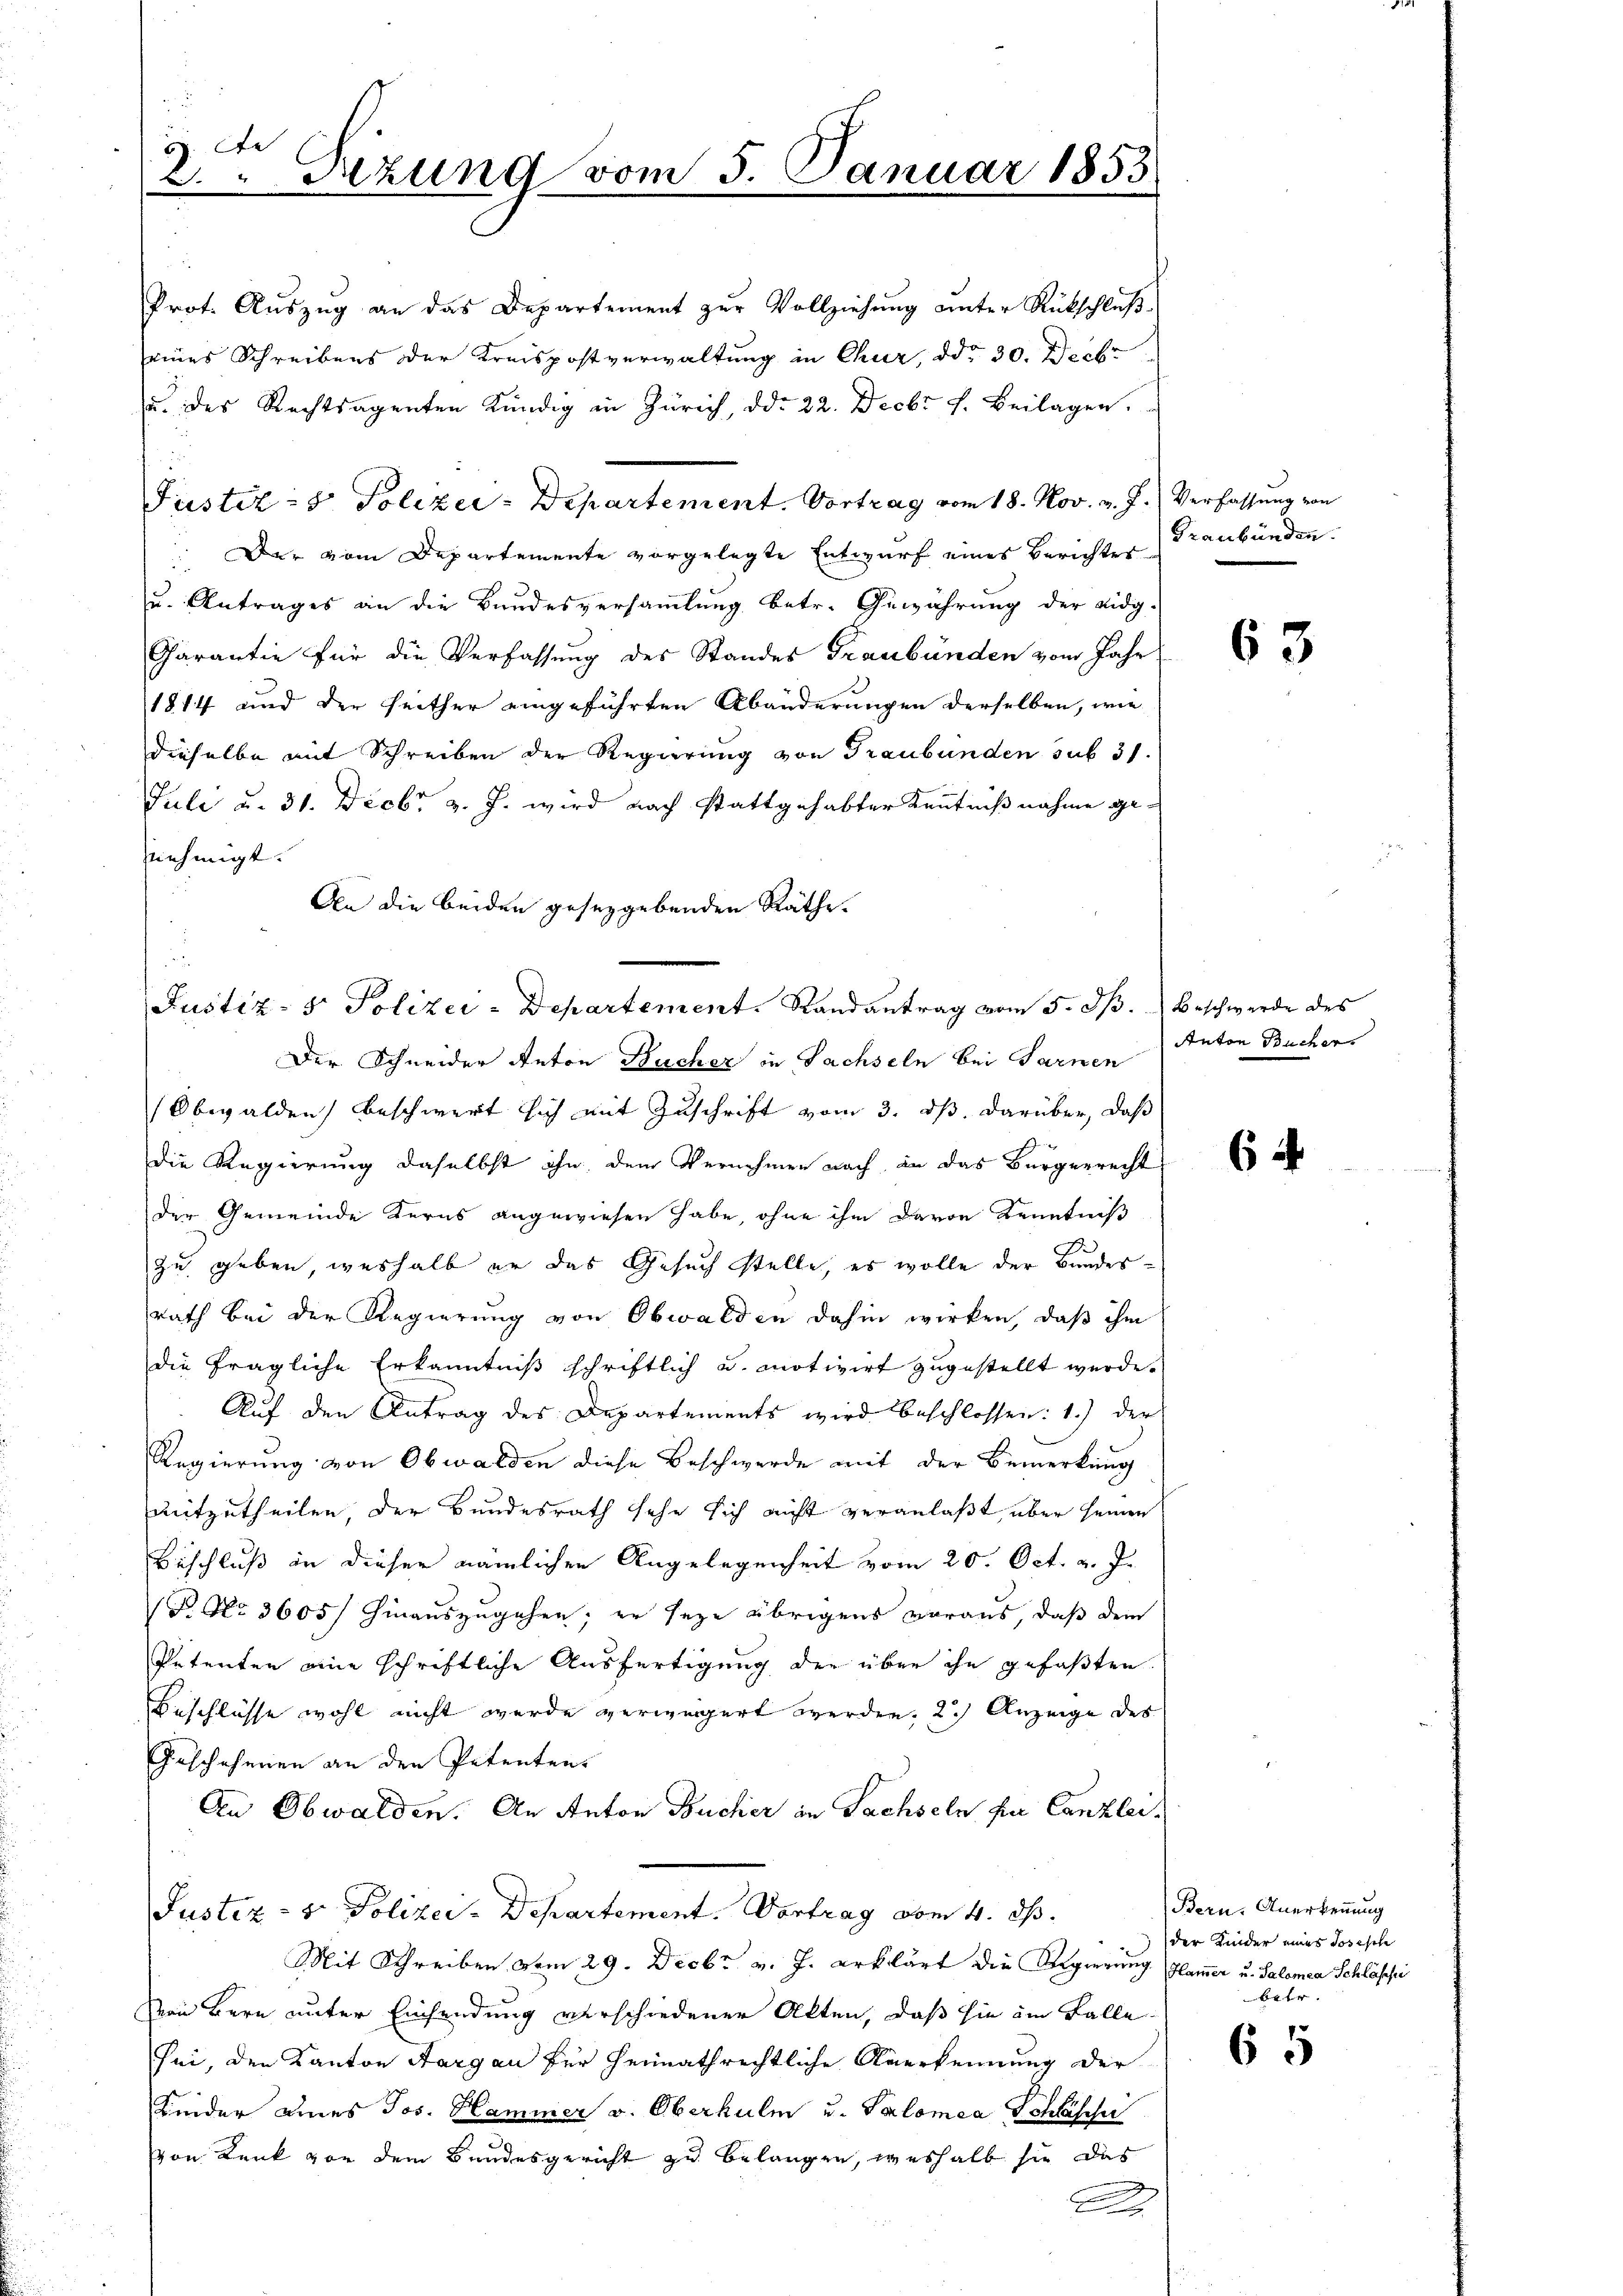
5. De
d. " Szund vom 5. Januar 1853

Prot. Aŭszŭg an das Departement zŭr Vollziehŭng ŭnter Rückschluß-
seines Schreibens der Kreispostverwaltung in Chur, ddo 30. Decbr
u. des Rechtsagenten Kündig in Zürich, dd. 22. Decbr. f. Beilagen.
Justiz- & Polizei-Departement. Vortrag vom 18. Nov. v. J.) Verfassung von
 Der vom Departemente vorgelegte Entwurf eines Berichter Graubünden.
u. Antrages an die Bundesversammlung betr. Gewährung der Eidg-
Carantie für die Verfassung des Standes Graubünden vom Jahr
1814 und der seither eingeführten Abänderungen derselben, wie
dieselbe mit Schreiben der Regierung von Graubünden sub 31.
Juli u. 31. Decbr. v. J. wird nach stattgehabter Kenntnißnahme genehmigt. |
An die beiden gesezgebenden Räthe.

Justiz- & Polizei-Departement. Randantrag vom 5. dß. Beschwerde des

Der Schneider Anton Bucher in Sachseln bei Sarnen Anton Bucher
Obwalden beschwert sich mit Zuschrift vom 3. ds. darüber, daß
die Regierung daselbst ihn, dem Vernehmen nach an das Bürgerrecht
der Gemeinde Kerns angewiesen habe, ohne ihm davon Kenntniß
E.
zu geben, weshalb er das Gesuch stelle, es wolle der Bundesrath bei der Regierung von Obwalden dahin wirken, daß ihm
die fragliche Erkanntniß schriftlich u. motivirt zugestellt wurde.
Auf den Antrag des Departements wird beschlossen: 1.) der
Regierung von Obwalden diese Beschwerde mit der Bemerkung
mitzutheilen, der Bundesrath sehe sich nicht veranlaßt, über seinen
Beschluß in dieser nämlichen Angelegenheit vom 20. Oct. v. J.
B. No 3605) hinauszugehen; er seye übrigens voraus, daß dem
Petenten eine schriftliche Ausfertigung der über ihn gefaßten
Beschlüsse wohl nicht wurde verweigert werden, 2.) Anzeige des
Geschehenen an den Petentens
An Obwalden. An Anton Bücher in Sachseln für Canzlei-
Justiz- & Polizei-Departement. Vortrag vom 4. ds.
Mit Schreiben vom 29. Decbr v. J. erklärt die Regierung Flammer u. Salomea Schlässi
Von Bern unter Einsendung verschiedener Alten, daß sie im Falle
sei, den Kanton Aargau für heimathrechtliche Anerkennung der
Kinder eines Jos. Hammer v. Oberkulm u. Salomea Schläsch
von Rank von dem Bundesgericht zu belangen, weshalb sie das
A

63

64

Bern. Anerkennung
der Kinder eines Josische
betr.

65